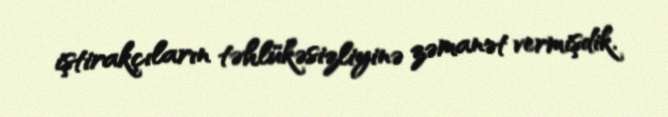
iştirakçıların təhlükəsizliyinə zəmanət vermişdik.